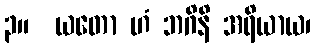
၃။  ယတော ဟံ ဘဂိနိ အရိယာယ၊